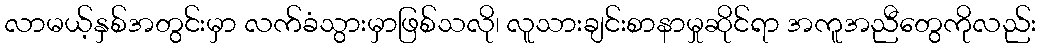
လာမယ့်နှစ်အတွင်းမှာ လက်ခံသွားမှာဖြစ်သလို၊ လူသားချင်းစာနာမှုဆိုင်ရာ အကူအညီတွေကိုလည်း